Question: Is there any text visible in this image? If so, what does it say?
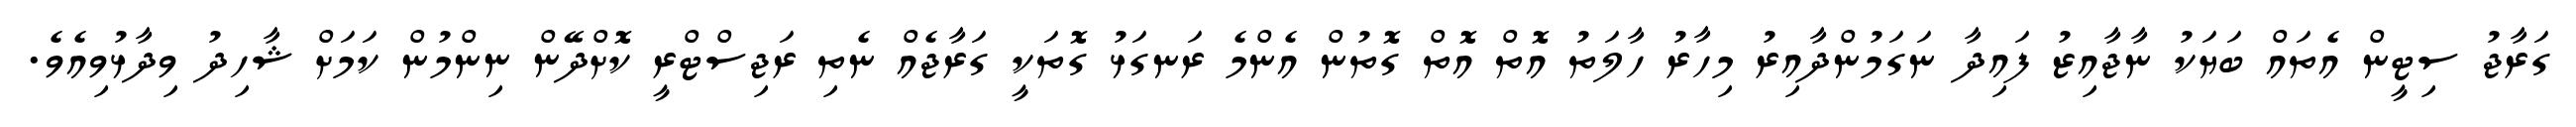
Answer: ގަރާޖު ސިޓީން އެތައް ބަޔަކު ނާޖާއިޒު ފައިދާ ނަގަމުންދާއިރު މިހާރު ހާލަތު އޮތް އޮތް ގޮތުން އެންމެ ރަނގަޅު ގޮތަކީ ގަރާޖެއް ނެތި ރަޖިސްޓްރީ ކޮށްދޭން ނިންމުން ކަމަށް ޝާހިދު ވިދާޅުވިއެވެ.